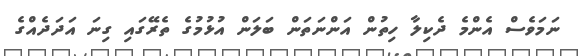
ނަމަވެސް އެންމެ ދެކިލާ ހިތުން އަންނަތަން ބަލަން އުޅުމުގެ ތެރޭގައި ގިނަ އަދަދެއްގެ